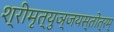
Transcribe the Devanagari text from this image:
श्रीमृत्युञ्जयस्तोत्रम्